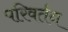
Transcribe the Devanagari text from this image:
परिवर्तन